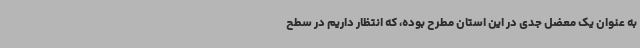
به عنوان یک معضل جدی در این استان مطرح بوده، که انتظار داریم در سطح